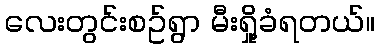
လေးတွင်းစဥ်ရွာ မီးရှို့ခံရတယ်။